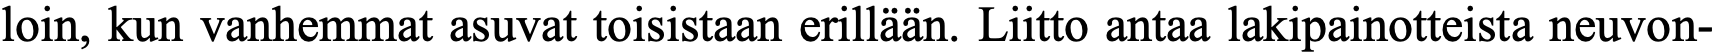
loin, kun vanhemmat asuvat toisistaan erillään. Liitto antaa lakipainotteista neuvon-